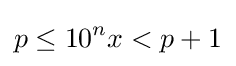
p\leq 10^{n}x<p+1